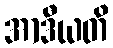
အာဒီယတိ